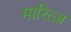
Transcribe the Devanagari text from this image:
मारित्ज़